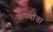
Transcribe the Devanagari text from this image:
कप्प्यांचा